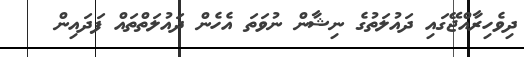
ދިވެހިރާއްޖޭގައި ދައުލަތުގެ ނިޝާން ނުވަތަ އެހެން ދައުލަތްތައް ފަދައިން